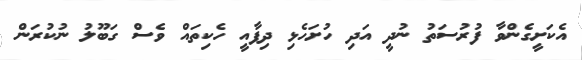
އެކަށީގެންވާ ފުރުސަތު ނުދީ އަދި ހުށަހެޅި ދިފާއީ ހެކިތައް ވެސް ގަބޫލު ނުކުރަން